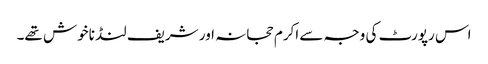
اس رپورٹ کی وجہ سے اکرم حجانہ اور شریف لنڈ ناخوش تھے۔